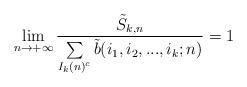
LaTeX: \begin{align*}\lim_{n \to +\infty} \frac{\tilde{S}_{k,n}}{\sum\limits_{\substack{I_{k}(n)^{c}}} \tilde{b}(i_{1},i_{2},...,i_{k};n)} = 1 \end{align*}